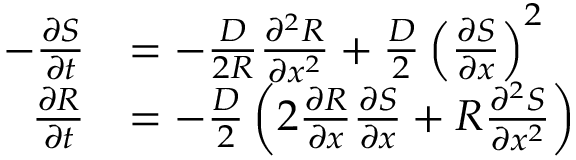
\begin{array} { r l } { - \frac { \partial S } { \partial t } } & { = - \frac { D } { 2 R } \frac { \partial ^ { 2 } R } { \partial x ^ { 2 } } + \frac { D } { 2 } \left( \frac { \partial S } { \partial x } \right) ^ { 2 } } \\ { \frac { \partial R } { \partial t } } & { = - \frac { D } { 2 } \left( 2 \frac { \partial R } { \partial x } \frac { \partial S } { \partial x } + R \frac { \partial ^ { 2 } S } { \partial x ^ { 2 } } \right) } \end{array}